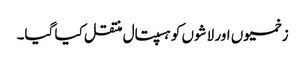
زخمیوں اور لاشوں کو ہسپتال منتقل کیا گیا۔